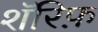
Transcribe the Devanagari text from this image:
शॅरिफ़